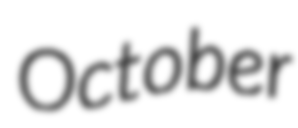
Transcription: October